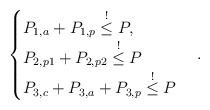
\begin{align*}\begin{cases}P_{1,a} + P_{1,p} \overset{!}{\leq}P, \\P_{2,p1} + P_{2,p2}\overset{!}{\leq} P \\P_{3,c} + P_{3,a} + P_{3,p} \overset{!}{\leq} P\end{cases}.\end{align*}